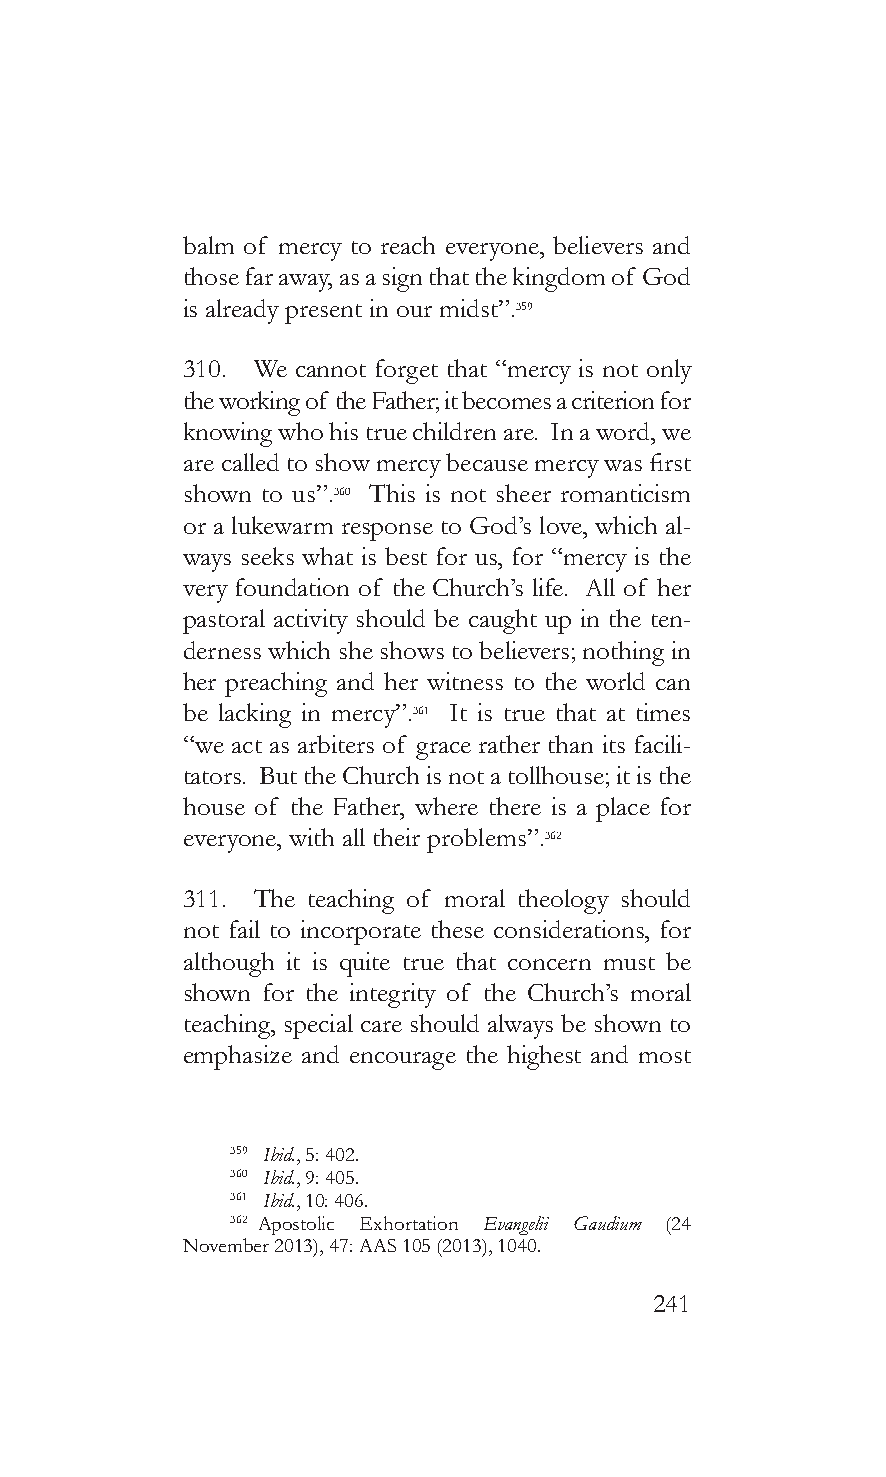
balm of mercy to reach everyone, believers and
 those far away, as a sign that the kingdom of God
 is already present in our midst”.359
 310. We cannot forget that “mercy is not only
 the working of the Father; it becomes a criterion for
 knowing who his true children are. In a word, we
 are called to show mercy because mercy was first
 shown to us”.360 This is not sheer romanticism
 or a lukewarm response to God’s love, which al-
 ways seeks what is best for us, for “mercy is the
 very foundation of the Church’s life. All of her
 pastoral activity should be caught up in the ten-
 derness which she shows to believers; nothing in
 her preaching and her witness to the world can
 be lacking in mercy”.361 It is true that at times
 “we act as arbiters of grace rather than its facili-
 tators. But the Church is not a tollhouse; it is the
 house of the Father, where there is a place for
 everyone, with all their problems”.362
 311. The teaching of moral theology should
 not fail to incorporate these considerations, for
 although it is quite true that concern must be
 shown for the integrity of the Church’s moral
 teaching, special care should always be shown to
 emphasize and encourage the highest and most
 359 Ibid., 5: 402.
 360 Ibid., 9: 405.
 361 Ibid., 10: 406.
 362 Apostolic Exhortation Evangelii Gaudium (24
 November 2013), 47: AAS 105 (2013), 1040.
 241